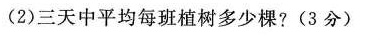
(2)三天中平均每班植树多少棵?(3分)